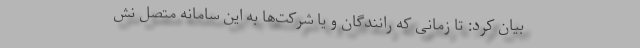
بیان کرد: تا زمانی که رانندگان و یا شرکت‌ها به این سامانه متصل نش